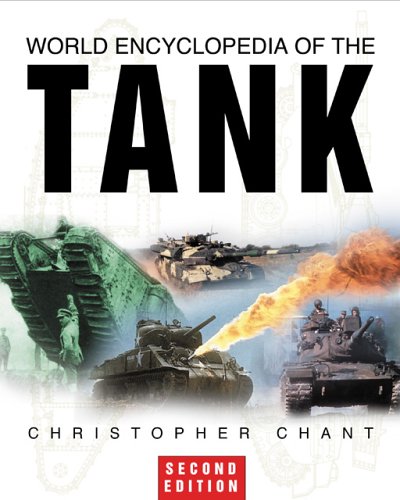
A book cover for World Encyclopedia of the Tank; Christopher Chant; Engineering & Transportation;